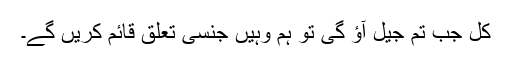
کل جب تم جیل آﺅ گی تو ہم وہیں جنسی تعلق قائم کریں گے۔